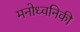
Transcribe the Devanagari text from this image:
मनोध्वनिकी